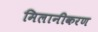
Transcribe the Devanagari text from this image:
मिलानीकरण